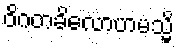
ဝိဂတခိလောဟမသ္မိ